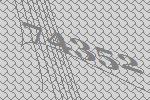
74352